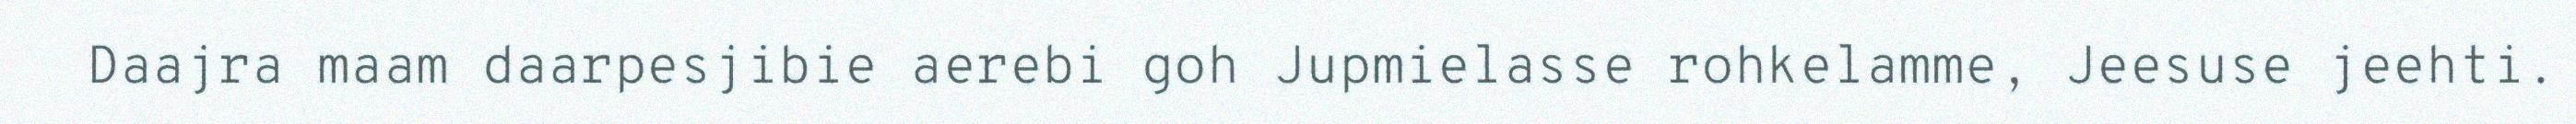
Daajra maam daarpesjibie aerebi goh Jupmielasse rohkelamme, Jeesuse jeehti.